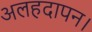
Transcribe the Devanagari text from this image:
अलहदापन।